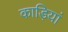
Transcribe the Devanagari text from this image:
काड़ियां